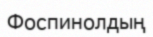
Фоспинолдың